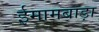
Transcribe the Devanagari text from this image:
ईमामबाड़ा